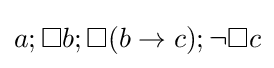
a;\Box b;\Box (b\to c);\neg \Box c